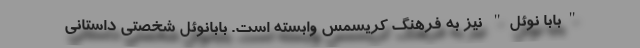
"بابا نوئل" نیز به فرهنگ کریسمس وابسته است. بابانوئل شخصتی داستانی